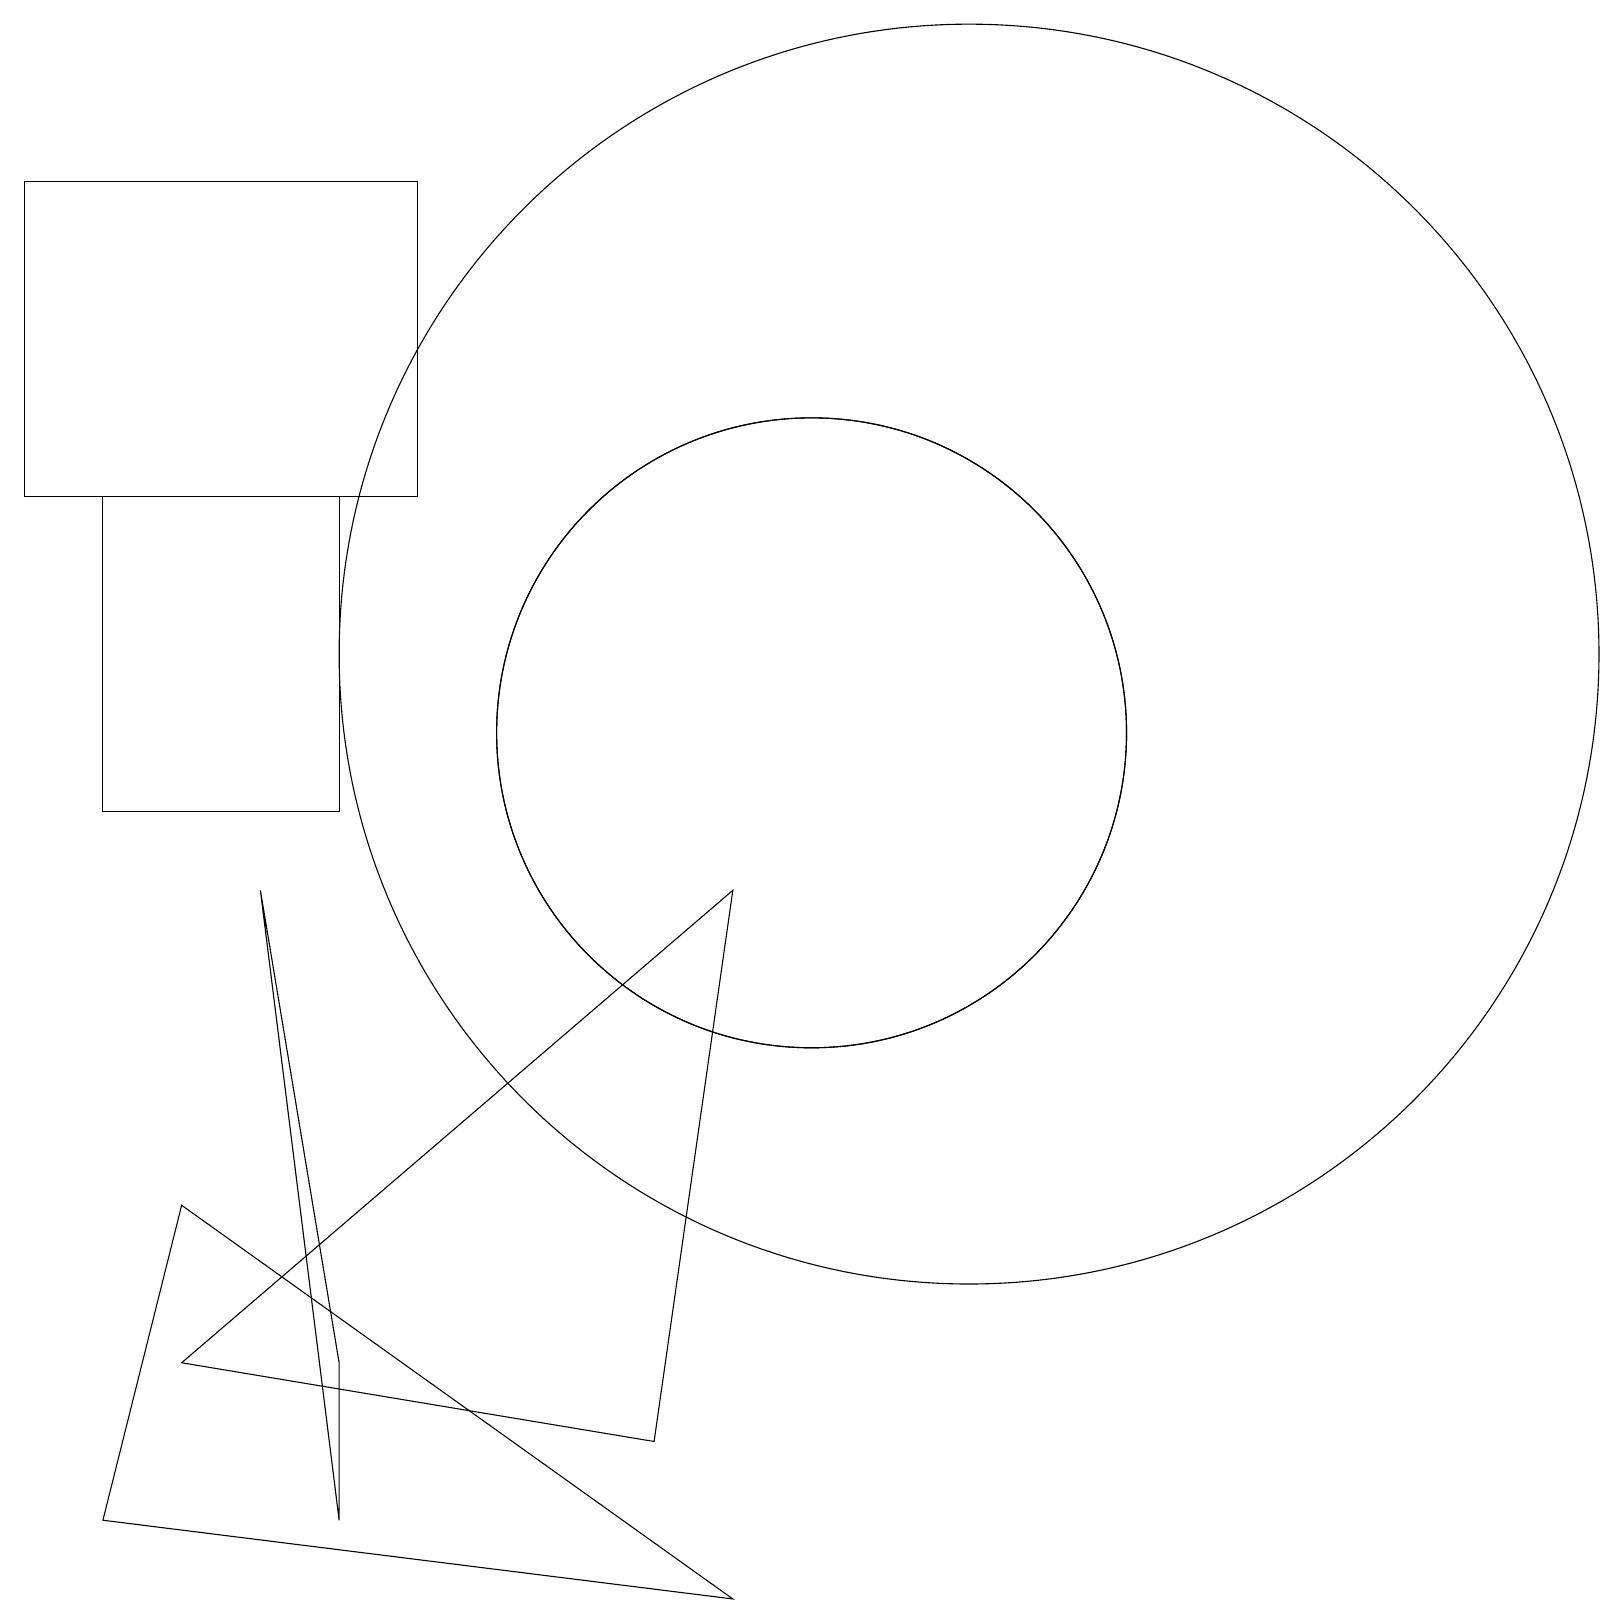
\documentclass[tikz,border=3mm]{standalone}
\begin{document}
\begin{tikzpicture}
\draw (1,10) rectangle (4,14);
\draw (5,14) rectangle (0,18);
\draw (12,12) circle (8);
\draw (2,5) -- (1,1) -- (9,0) -- cycle;
\draw (10,11) circle (4);
\draw (2,3) -- (9,9) -- (8,2) -- cycle;
\draw (10,11) circle (4);
\draw (4,1) -- (3,9) -- (4,3) -- cycle;
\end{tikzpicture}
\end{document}